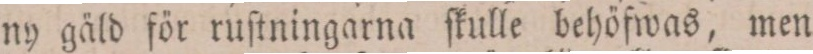
ny gäld för ruſtningarna ſkulle behöfwas, men